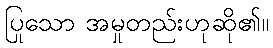
ပြုသော အမှုတည်းဟုဆို၏။